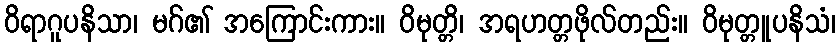
ဝိရာဂူပနိသာ၊ မဂ်၏ အကြောင်းကား။ ဝိမုတ္တိ၊ အရဟတ္တဖိုလ်တည်း။ ဝိမုတ္တူပနိသံ၊